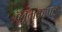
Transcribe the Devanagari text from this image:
ब्लूमक्राफ्ट